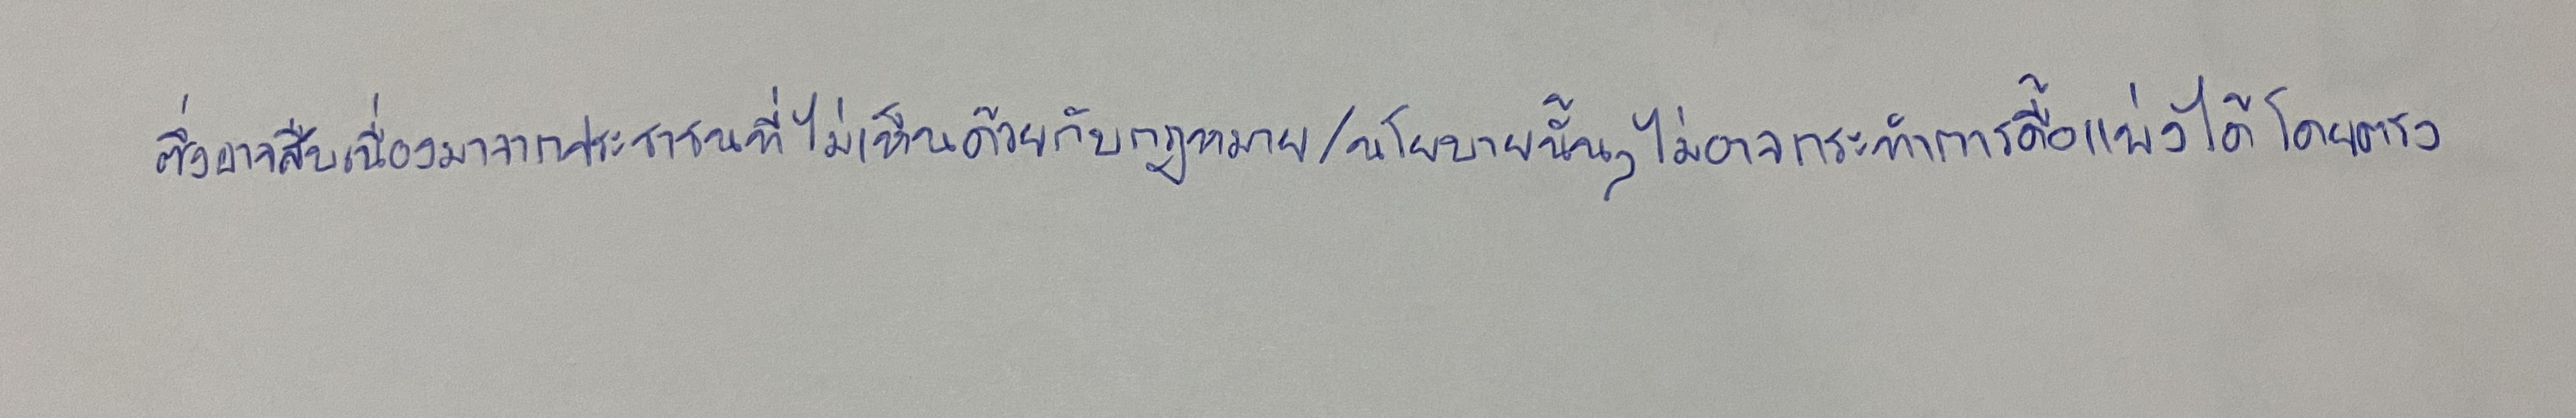
ซึ่งอาจสืบเนื่องมาจากประชาชนที่ไม่เห็นด้วยกับกฎหมาย/นโยบายนั้นๆไม่อาจกระทำการดื้อแพ่งได้โดยตรง